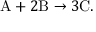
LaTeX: \mathrm { A } + 2 \mathrm { B } \rightarrow 3 \mathrm { C } .